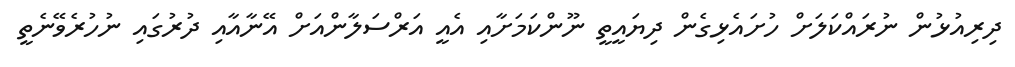
ދިރިއުޅުން ނުރައްކަލަށް ހުށައެޅިގެން ދިޔައީތީ ނޫންކަމަށާއި އެއީ އަރްސަލާންއަށް އޭނާއާއި ދުރުގައި ނުހުރެވޭނެތީ